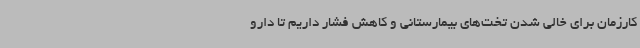
کارزمان برای خالی شدن تخت‌های بیمارستانی و کاهش فشار داریم تا دارو